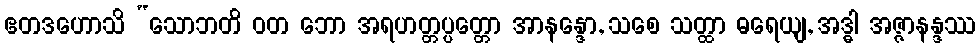
ဧတဒဟောသိ “သောဘတိ ဝတ ဘော အရဟတ္တပ္ပတ္တော အာနန္ဒော, သစေ သတ္ထာ ဓရေယျ, အဒ္ဓါ အဇ္ဇာနန္ဒဿ